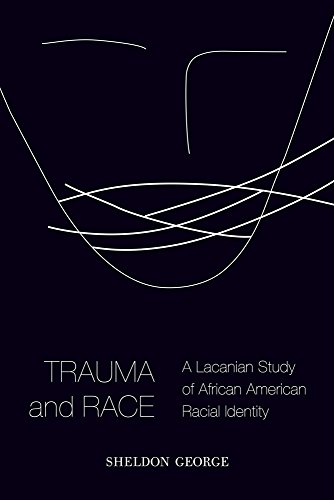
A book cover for Trauma and Race: A Lacanian Study of African American Racial Identity; Sheldon George; Medical Books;